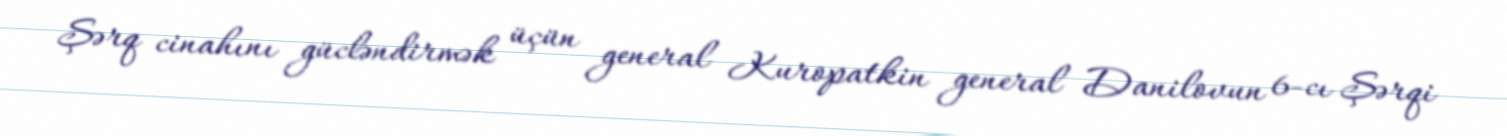
Şərq cinahını gücləndirmək üçün general Kuropatkin general Danilovun 6-cı Şərqi